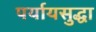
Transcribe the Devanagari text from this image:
पर्यायसुद्धा